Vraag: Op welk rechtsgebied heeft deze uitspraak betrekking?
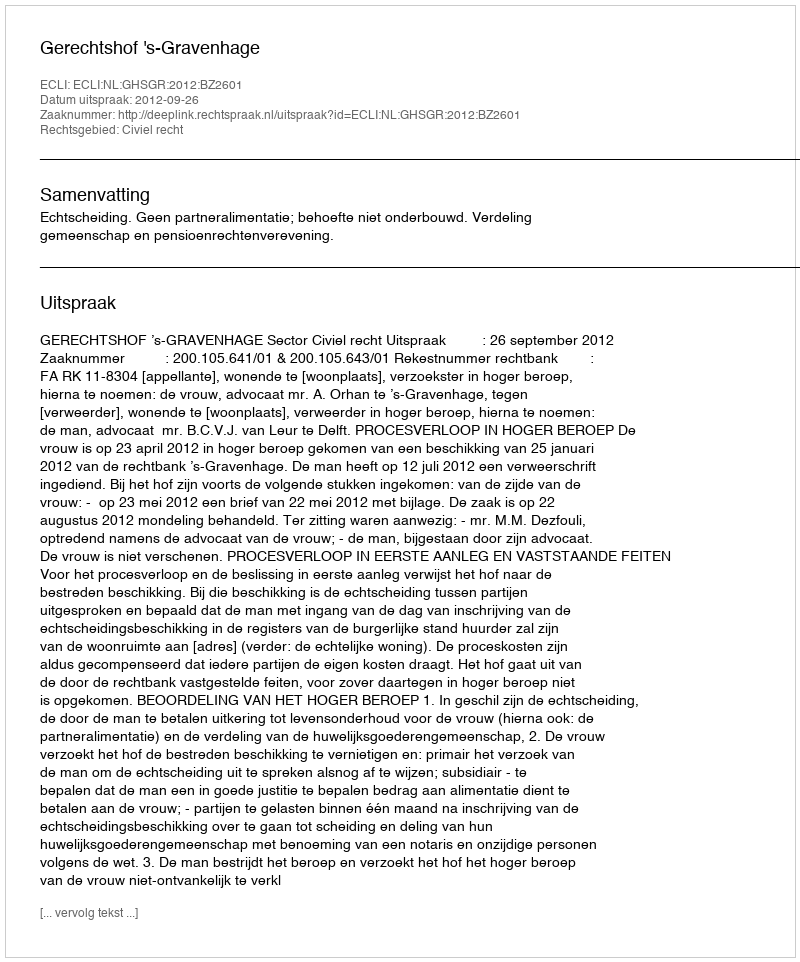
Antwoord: Civiel recht